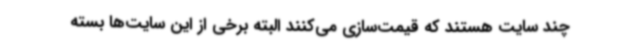
چند سایت هستند که قیمت‌سازی می‌کنند البته برخی از این سایت‌ها بسته